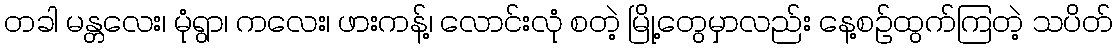
တခါ မန္တလေး၊ မုံရွာ၊ ကလေး၊ ဖားကန့်၊ လောင်းလုံ စတဲ့ မြို့တွေမှာလည်း နေ့စဉ်ထွက်ကြတဲ့ သပိတ်